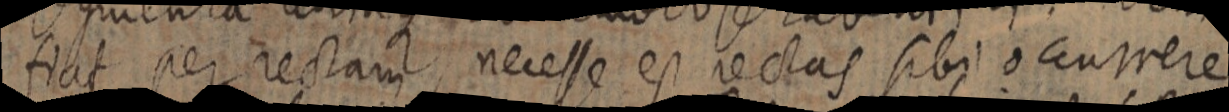
fiat per rectam, necesse est rectas sibi occurrere